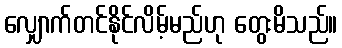
လျှောက်တင်နိုင်လိမ့်မည်ဟု တွေးမိသည်။